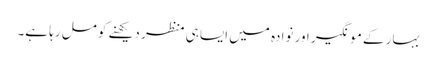
بہار کے مونگیر اور نوادہ میں ایسا ہی منظر دیکھنے کو مل رہا ہے۔